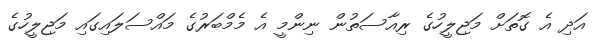
އަދި އެ ގޮތަށް މަޖިލީހުގެ ރިއާސަތުން ނިންމީ އެ މެމްބަރުގެ މައްސަލައިގައި މަޖިލީހުގެ